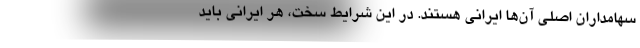
سهامداران اصلی آن‌ها ایرانی هستند. در این شرایط سخت، هر ایرانی باید